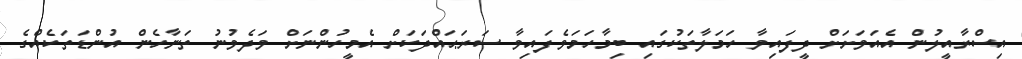
އިސްރާއީލުން އެއަވަށަށް ދީފައިވާ ހަމަލާތަކުގައި ބިމާހަމަވެފައިވާ ސަރަޙައްދަކަށް އެމީހުންނަށް ވަދެވުނު ތަނާހެން އުންޑަތަކެއްގެ